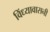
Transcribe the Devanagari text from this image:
विंध्यावासनी